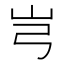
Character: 𰎉